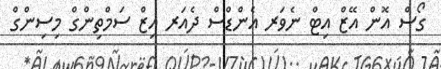
ގޯސް އޮން އޭޒް އިޓް ނެވަރ އެންޑްސް ދެއަރ އިޒް ސަމްތިންގް މިސިންގް